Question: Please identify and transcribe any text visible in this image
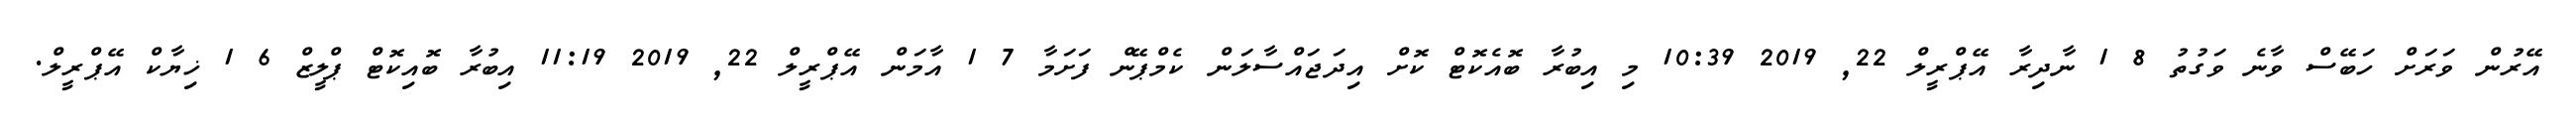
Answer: އޭރުން ވަރަށް ހަބޭސް ވާނެ ވަގުތު 8 1 ނާދިރާ އޭޕްރީލް 22, 2019 10:39 މި އިބުރާ ބޮއެކޮޓް ކޮށް އިދަޖައްސާލަން ކެމްޕޭން ފަށަމާ 7 1 އާމަން އޭޕްރީލް 22, 2019 11:19 އިބުރާ ބޮއިކޮޓް ޕްލީޒް 6 1 ޚިޔާކް އޭޕްރީލް.